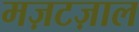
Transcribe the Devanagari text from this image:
मज़टज़ाल